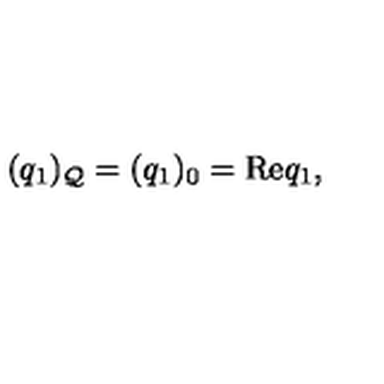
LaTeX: ( q _ { 1 } ) _ { \cal Q } = ( q _ { 1 } ) _ { 0 } = \mathrm { R e } q _ { 1 } ,